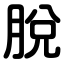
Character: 脫